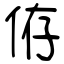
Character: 侟